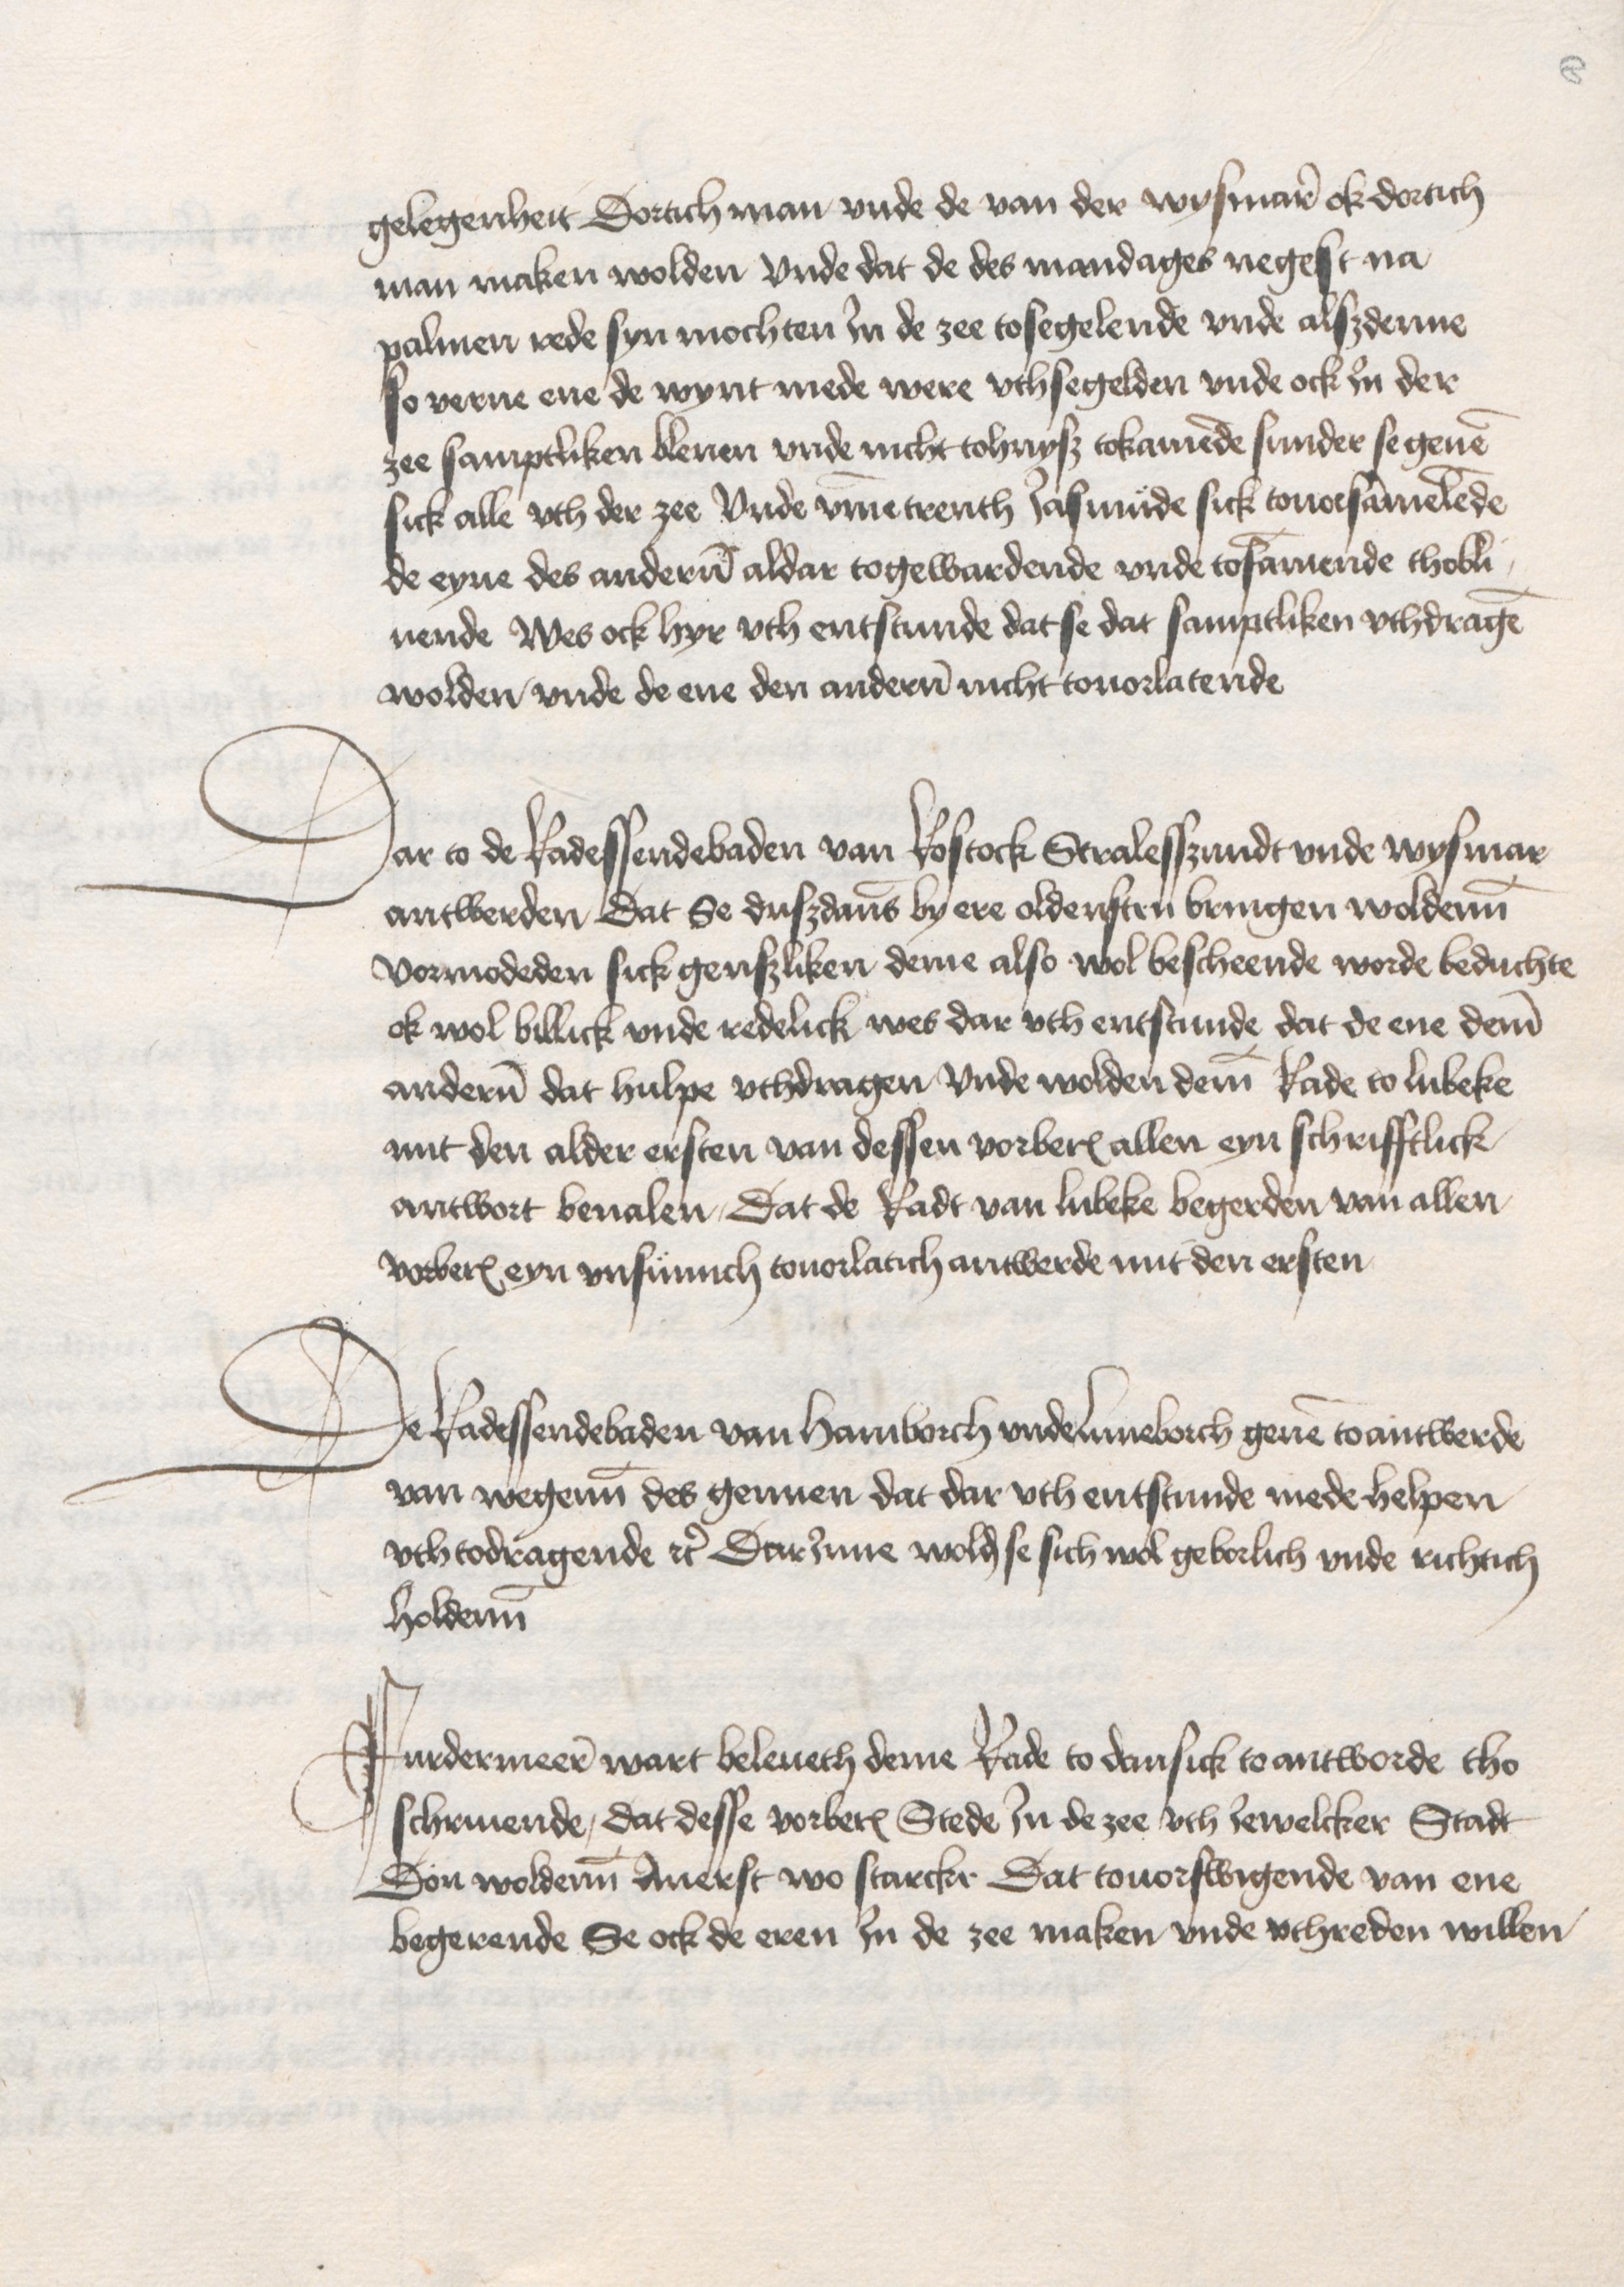
gelegenheit Dortich man vnde de van der Wysmare ok dortich
man maken wolden vnde dat de des mandages negest na
palmen rede syn mochten Jn de zee tosegelende vnde alszdenne
so verne ene de wynt mede were vthsegelden vnde ock Jn der
zee samptliken bleuen vnde nicht tohuysz tokamende sunder se geuen
sick alle vth der zee Vnde vmmetrenth Jasmüde sick touorsammelende
de eyne des anderen aldar togewardende vnde tosammende thobli¬
uende Wes ock hyr vth entstunde dat se dat samptliken vthdragen
wolden vnde de ene den anderen nicht touorlatende

Dar to de Radessendebaden van Rostock Stralesszundt vnde Wysmar
antwerden Dat Se duszdanes by ere oldensten bringen woldenn
vormodeden sick genszliken deme also wol bescheende worde beduchte
ok wol billick vnde redelick wes dar vth entstunde dat de ene deme
anderen dat hulpe vthdragen vnde wolden deme Rade to Lubeke
mit den alder ersten van dessen vorberorten allen eyn schrifftlick
antwort beualen, Dat de Radt van Lubeke begerden van allen
vorberorten eyn vnsumich touorlatich antwerde mit den ersten

De Radessendebaden van Hamborch vnde Luneborch geuen to antwerde
van wegenen des gennen dat dar vth entstunde mede helpen
vthtodragende etc DarJnne wolden se sich wol geborlich vnde richtich
holdenen

Furdermeere wart beleueth deme Rade to Dansick to antworde tho
schriuende, dat desse vorberorten Stede Jn de zee vth Jewelcker Stadt
Don woldenn Auerst wo starcke Dat touorswigende van ene
begerende Se ock de eren Jn de zee maken vnde vthreden willen